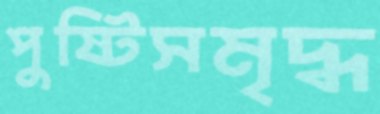
পুষ্টিসমৃদ্ধ